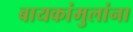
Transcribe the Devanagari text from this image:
बायकांमुलांना